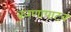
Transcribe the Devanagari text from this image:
करणापाटव